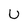
Character: U